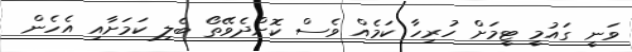
ވަނީ ގައުމީ ޓީމަށް ހުރިހާ ކަމެއް ވެސް ކޮށްދެވޭތޯ ބެލި ކަމަށާއި އެހެން